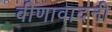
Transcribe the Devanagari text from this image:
वीणावादनी